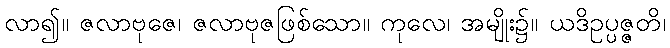
လာ၍။ ဇလာဗုဇေ၊ ဇလာဗုဇဖြစ်သော။ ကုလေ၊ အမျိုး၌။ ယဒိဥပ္ပဇ္ဇတိ၊